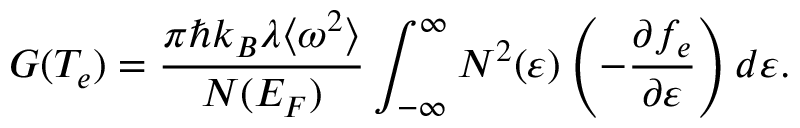
G ( T _ { e } ) = \frac { \pi \hbar { k _ { B } } \lambda \langle \omega ^ { 2 } \rangle } { N ( E _ { F } ) } \int _ { - \infty } ^ { \infty } N ^ { 2 } ( \varepsilon ) \left( - \frac { \partial { f _ { e } } } { \partial \varepsilon } \right) d \varepsilon .